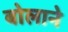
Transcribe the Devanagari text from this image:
बोलाने